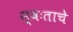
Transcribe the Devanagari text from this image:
स्वःताचे